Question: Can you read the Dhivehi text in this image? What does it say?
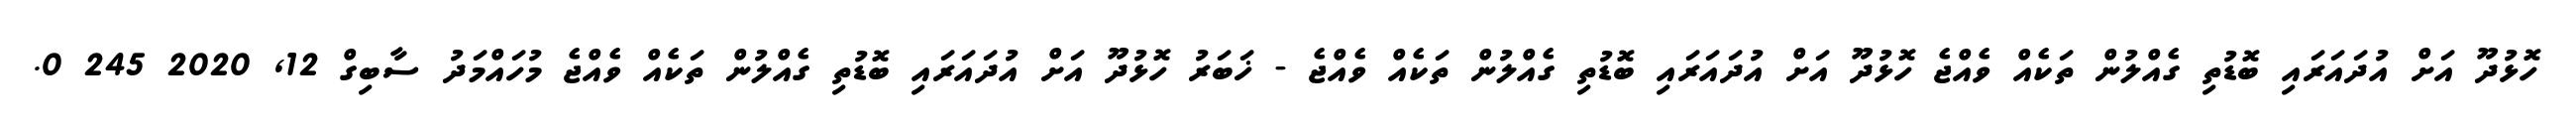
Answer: ހޮޅުދޫ އަށް އުދައަރައި ބޮޑުތި ގެއްލުން ތަކެއް ވެއްޖެ ހޮޅުދޫ އަށް އުދައަރައި ބޮޑުތި ގެއްލުން ތަކެއް ވެއްޖެ - ޚަބަރު ހޮޅުދޫ އަށް އުދައަރައި ބޮޑުތި ގެއްލުން ތަކެއް ވެއްޖެ މުހައްމަދު ސާބިގް 12, 2020 245 0.